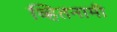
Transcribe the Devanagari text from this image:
व्हितनामी